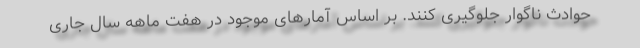
حوادث ناگوار جلوگیری کنند. بر اساس آمارهای موجود در هفت ماهه سال جاری